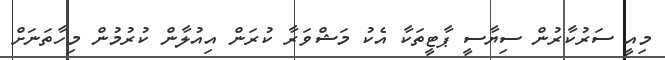
މިއީ ސަރުކާރުން ސިޔާސީ ޕާޓީތަކާ އެކު މަޝްވަރާ ކުރަން އިއުލާން ކުރުމުން މިހާތަނަށް